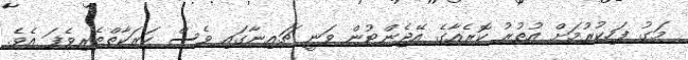
މަގު ފަހިކުރުމަށް އުތުރު ކޮރެއާގެ އޭޖެންޓުން ވަނީ ޗައިނާގައި ވެސް ހަރަކާތްތެރިވެފަ އެވެ.